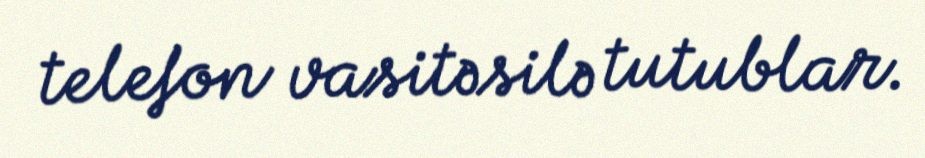
telefon vasitəsilə tutublar.